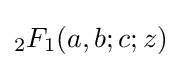
{}_{2}F_{1}(a,b;c;z)